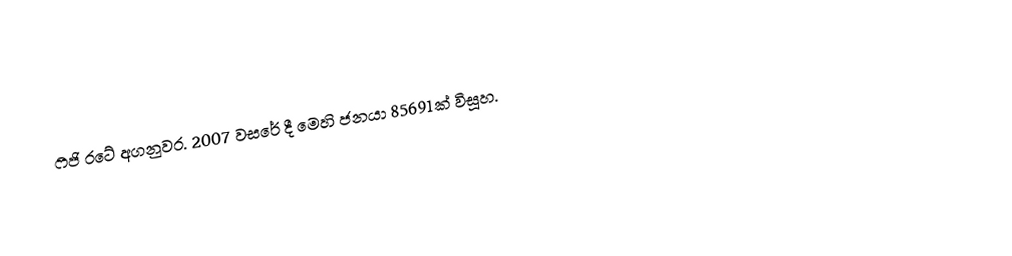
ෆීජි රටේ අගනුවර. 2007 වසරේ දී මෙහි ජනයා 85691ක් විසූහ.